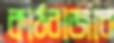
কাঠবাজার